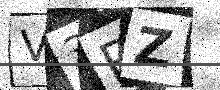
Text: V3RZ